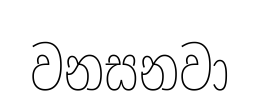
වනසනවා